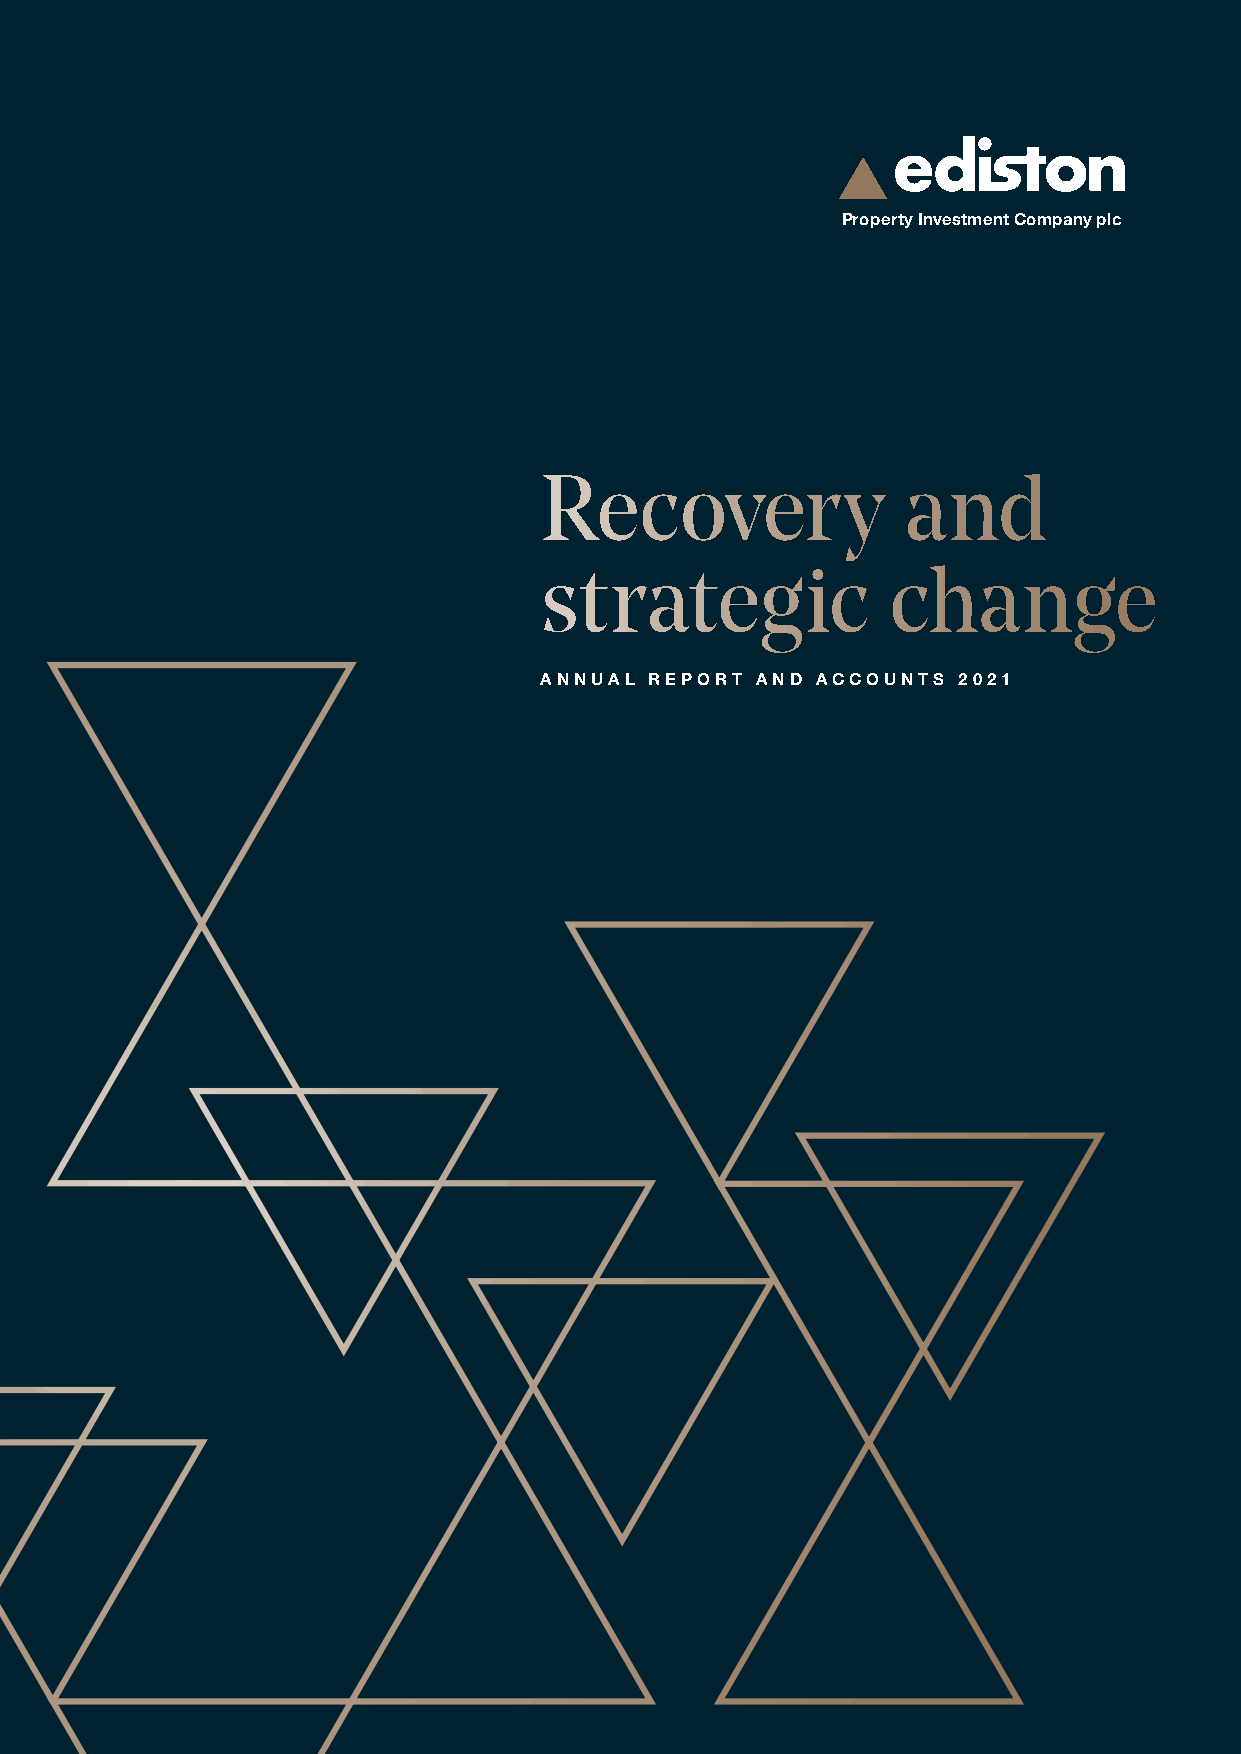
Property Investment Company plc
 Recovery                and
 strategic              change
 ANNUAL REPORT AND ACCOUNTS 2021
 Ediston
 Property
 Investment
 Company
 plc
 |
 Annual
 Report
 and
 Accounts
 2021